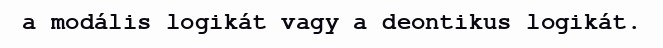
a modális logikát vagy a deontikus logikát.